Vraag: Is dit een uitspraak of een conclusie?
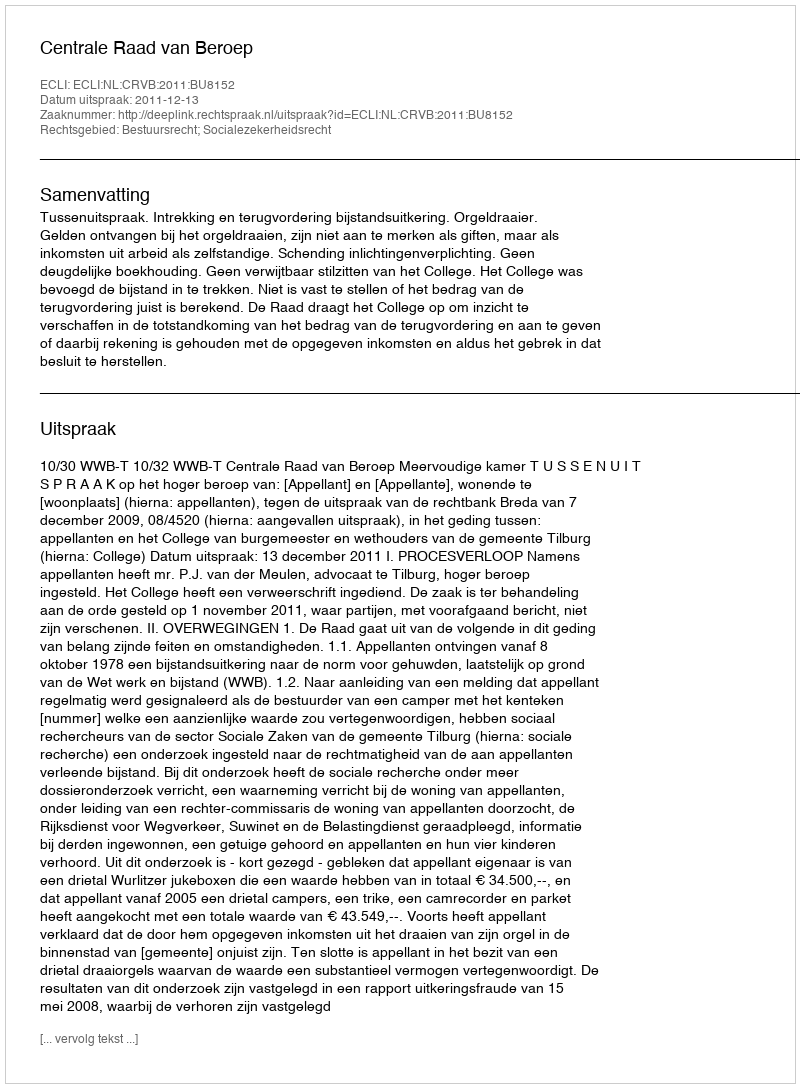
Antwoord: Uitspraak